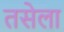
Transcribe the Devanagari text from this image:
तसेला